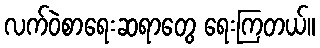
လက်ဝဲစာရေးဆရာတွေ ရေးကြတယ်။